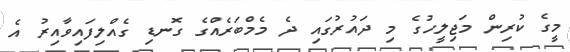
މީގެ ކުރިން މަޖިލީހުގެ މި ދައުރުގައި ދެ މެމްބަރެއްގެ ގޮނޑި ގެއްލިފައިވާއިރު އެ